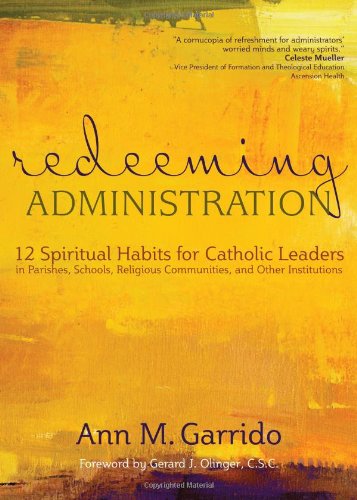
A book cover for Redeeming Administration: 12 Spiritual Habits for Catholic Leaders in Parishes, Schools, Religious Communities, and Other Institutions; Ann M. Garrido; Christian Books & Bibles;